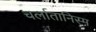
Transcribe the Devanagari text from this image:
चर्लातानिस्म